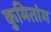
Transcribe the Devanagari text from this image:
कुमितांग